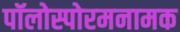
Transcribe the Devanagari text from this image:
पॉलोस्पोरमनामक